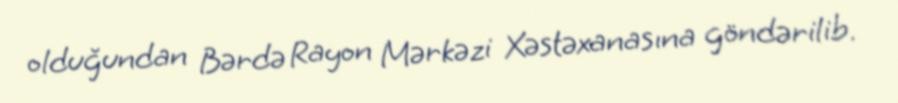
olduğundan Bərdə Rayon Mərkəzi Xəstəxanasına göndərilib.